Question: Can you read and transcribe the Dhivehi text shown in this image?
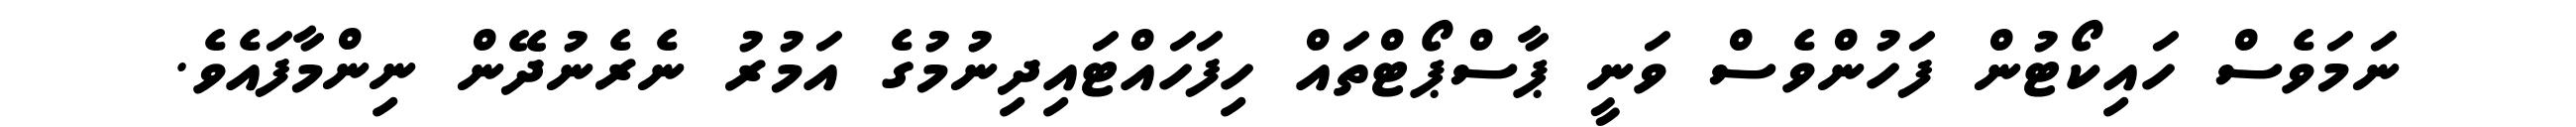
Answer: ނަމަވެސް ހައިކޯޓުން ފަހުންވެސް ވަނީ ޕާސްޕޯޓްތައް ހިފަހައްޓައިދިނުމުގެ އަމުރު ނެރެނުދޭން ނިންމާފައެވެ.